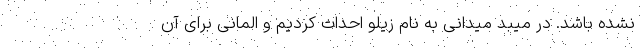
نشده باشد. در میبد میدانی به نام زیلو احداث کردیم و المانی برای آن